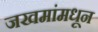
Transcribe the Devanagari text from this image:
जखमांमधून